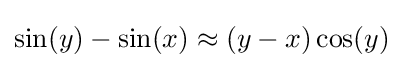
\sin(y)-\sin(x)\approx (y-x)\cos(y)